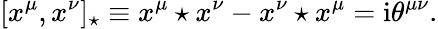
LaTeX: [x^{\mu},x^{\nu}]_{\star}\equiv x^{\mu}\star x^{\nu}-x^{\nu}\star x^{\mu}=\mathrm{i}\theta^{\mu\nu}.